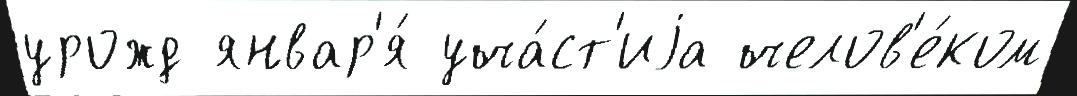
урожд январ'я́ уча́ст'иjа челов'е́ком